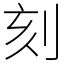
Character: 刻